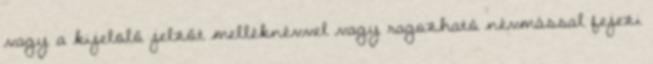
vagy a kijelölő jelzőt melléknévvel vagy ragozható névmással fejezi